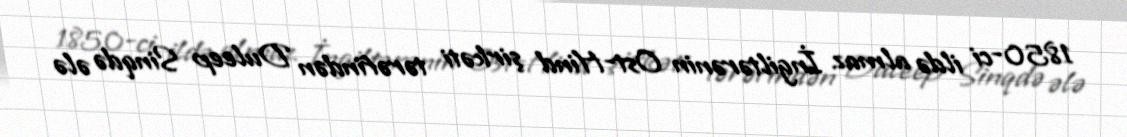
1850-ci ildə almaz İngiltərənin Ost-Hind şirkəti tərəfindən Duleep Sinqdə ələ